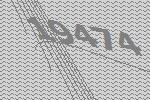
19474